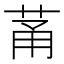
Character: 𫈏